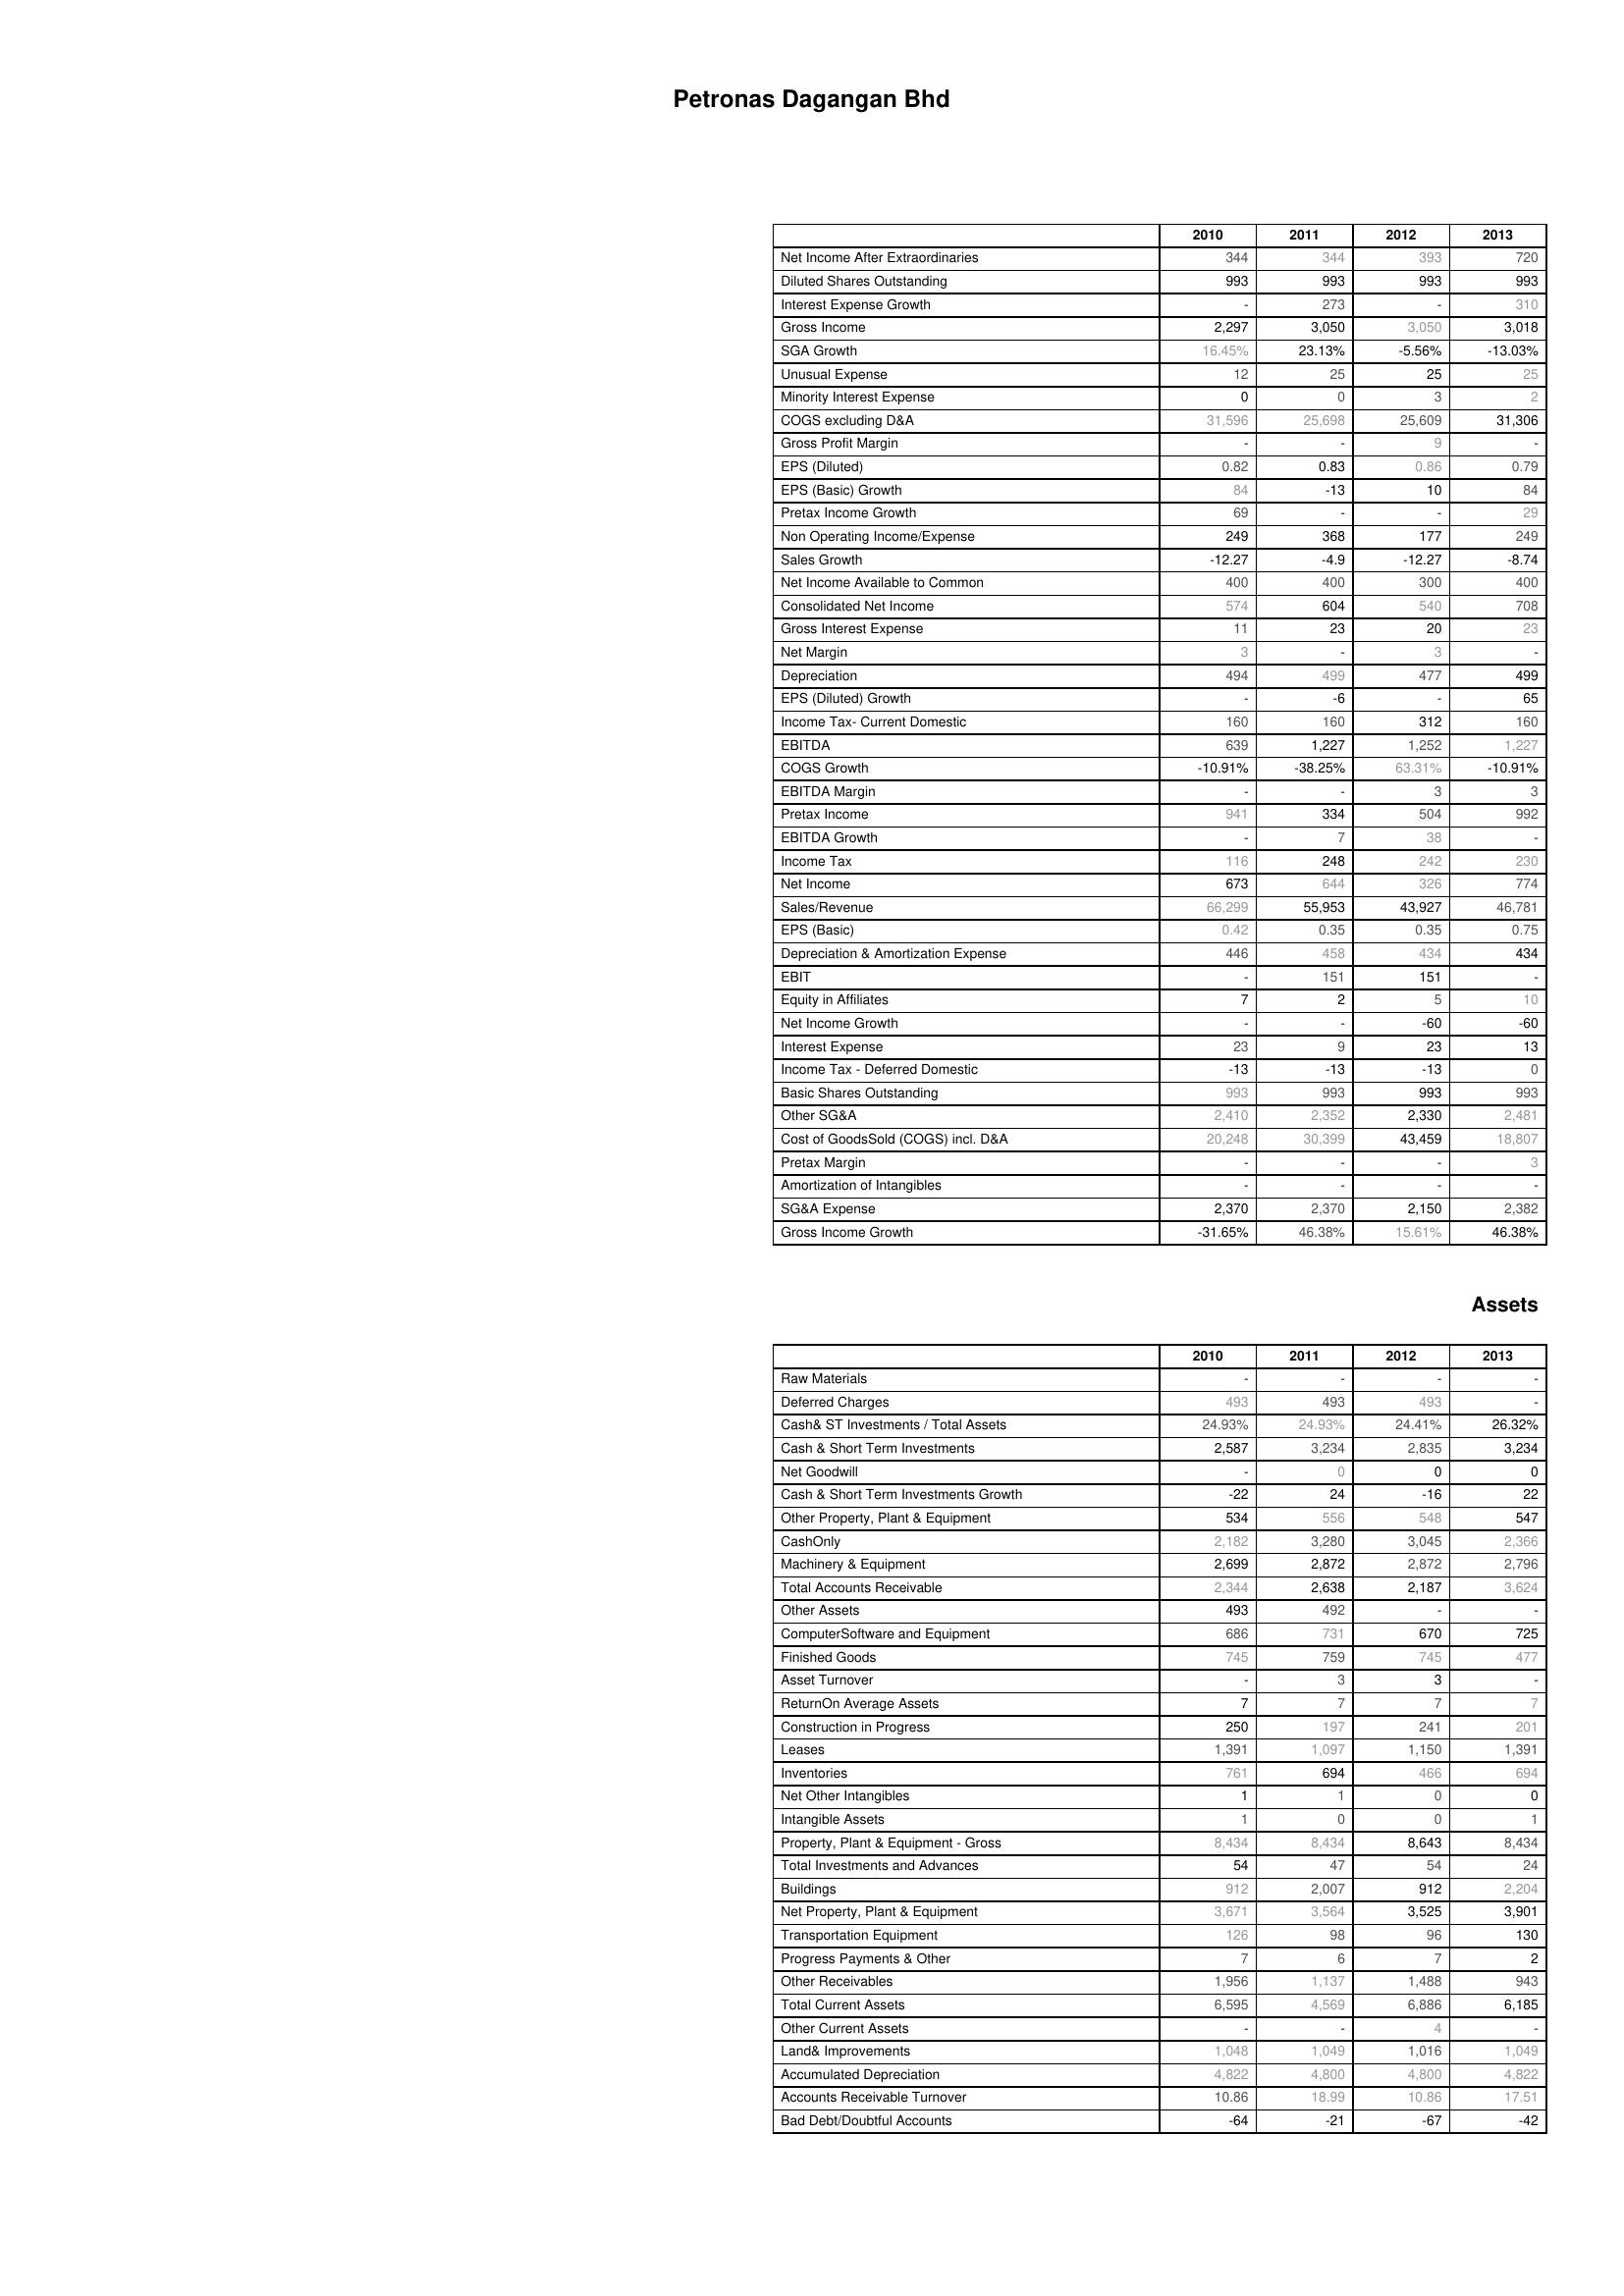
2010: : Net Income After Extraordinaries: 344
Diluted Shares Outstanding: 993
Interest Expense Growth: -
Gross Income: 2,297
SGA Growth: 16.45%
Unusual Expense: 12
Minority Interest Expense: 0
COGS excluding D&A: 31,596
Gross Profit Margin: -
EPS (Diluted): 0.82
EPS (Basic) Growth: 84
Pretax Income Growth: 69
Non Operating Income/Expense: 249
Sales Growth: -12.27
Net Income Available to Common: 400
Consolidated Net Income: 574
Gross Interest Expense: 11
Net Margin: 3
Depreciation: 494
EPS (Diluted) Growth: -
Income Tax- Current Domestic: 160
EBITDA: 639
COGS Growth: -10.91%
EBITDA Margin: -
Pretax Income: 941
EBITDA Growth: -
Income Tax: 116
Net Income: 673
Sales/Revenue: 66,299
EPS (Basic): 0.42
Depreciation & Amortization Expense: 446
EBIT: -
Equity in Affiliates: 7
Net Income Growth: -
Interest Expense: 23
Income Tax - Deferred Domestic: -13
Basic Shares Outstanding: 993
Other SG&A: 2,410
Cost of GoodsSold (COGS) incl. D&A: 20,248
Pretax Margin: -
Amortization of Intangibles: -
SG&A Expense: 2,370
Gross Income Growth: -31.65%
Assets: Raw Materials: -
Deferred Charges: 493
Cash& ST Investments / Total Assets: 24.93%
Cash & Short Term Investments: 2,587
Net Goodwill: -
Cash & Short Term Investments Growth: -22
Other Property, Plant & Equipment: 534
CashOnly: 2,182
Machinery & Equipment: 2,699
Total Accounts Receivable: 2,344
Other Assets: 493
ComputerSoftware and Equipment: 686
Finished Goods: 745
Asset Turnover: -
ReturnOn Average Assets: 7
Construction in Progress: 250
Leases: 1,391
Inventories: 761
Net Other Intangibles: 1
Intangible Assets: 1
Property, Plant & Equipment - Gross : 8,434
Total Investments and Advances: 54
Buildings: 912
Net Property, Plant & Equipment: 3,671
Transportation Equipment: 126
Progress Payments & Other: 7
Other Receivables: 1,956
Total Current Assets: 6,595
Other Current Assets: -
Land& Improvements: 1,048
Accumulated Depreciation: 4,822
Accounts Receivable Turnover: 10.86
Bad Debt/Doubtful Accounts: -64
2011: : Net Income After Extraordinaries: 344
Diluted Shares Outstanding: 993
Interest Expense Growth: 273
Gross Income: 3,050
SGA Growth: 23.13%
Unusual Expense: 25
Minority Interest Expense: 0
COGS excluding D&A: 25,698
Gross Profit Margin: -
EPS (Diluted): 0.83
EPS (Basic) Growth: -13
Pretax Income Growth: -
Non Operating Income/Expense: 368
Sales Growth: -4.9
Net Income Available to Common: 400
Consolidated Net Income: 604
Gross Interest Expense: 23
Net Margin: -
Depreciation: 499
EPS (Diluted) Growth: -6
Income Tax- Current Domestic: 160
EBITDA: 1,227
COGS Growth: -38.25%
EBITDA Margin: -
Pretax Income: 334
EBITDA Growth: 7
Income Tax: 248
Net Income: 644
Sales/Revenue: 55,953
EPS (Basic): 0.35
Depreciation & Amortization Expense: 458
EBIT: 151
Equity in Affiliates: 2
Net Income Growth: -
Interest Expense: 9
Income Tax - Deferred Domestic: -13
Basic Shares Outstanding: 993
Other SG&A: 2,352
Cost of GoodsSold (COGS) incl. D&A: 30,399
Pretax Margin: -
Amortization of Intangibles: -
SG&A Expense: 2,370
Gross Income Growth: 46.38%
Assets: Raw Materials: -
Deferred Charges: 493
Cash& ST Investments / Total Assets: 24.93%
Cash & Short Term Investments: 3,234
Net Goodwill: 0
Cash & Short Term Investments Growth: 24
Other Property, Plant & Equipment: 556
CashOnly: 3,280
Machinery & Equipment: 2,872
Total Accounts Receivable: 2,638
Other Assets: 492
ComputerSoftware and Equipment: 731
Finished Goods: 759
Asset Turnover: 3
ReturnOn Average Assets: 7
Construction in Progress: 197
Leases: 1,097
Inventories: 694
Net Other Intangibles: 1
Intangible Assets: 0
Property, Plant & Equipment - Gross : 8,434
Total Investments and Advances: 47
Buildings: 2,007
Net Property, Plant & Equipment: 3,564
Transportation Equipment: 98
Progress Payments & Other: 6
Other Receivables: 1,137
Total Current Assets: 4,569
Other Current Assets: -
Land& Improvements: 1,049
Accumulated Depreciation: 4,800
Accounts Receivable Turnover: 18.99
Bad Debt/Doubtful Accounts: -21
2012: : Net Income After Extraordinaries: 393
Diluted Shares Outstanding: 993
Interest Expense Growth: -
Gross Income: 3,050
SGA Growth: -5.56%
Unusual Expense: 25
Minority Interest Expense: 3
COGS excluding D&A: 25,609
Gross Profit Margin: 9
EPS (Diluted): 0.86
EPS (Basic) Growth: 10
Pretax Income Growth: -
Non Operating Income/Expense: 177
Sales Growth: -12.27
Net Income Available to Common: 300
Consolidated Net Income: 540
Gross Interest Expense: 20
Net Margin: 3
Depreciation: 477
EPS (Diluted) Growth: -
Income Tax- Current Domestic: 312
EBITDA: 1,252
COGS Growth: 63.31%
EBITDA Margin: 3
Pretax Income: 504
EBITDA Growth: 38
Income Tax: 242
Net Income: 326
Sales/Revenue: 43,927
EPS (Basic): 0.35
Depreciation & Amortization Expense: 434
EBIT: 151
Equity in Affiliates: 5
Net Income Growth: -60
Interest Expense: 23
Income Tax - Deferred Domestic: -13
Basic Shares Outstanding: 993
Other SG&A: 2,330
Cost of GoodsSold (COGS) incl. D&A: 43,459
Pretax Margin: -
Amortization of Intangibles: -
SG&A Expense: 2,150
Gross Income Growth: 15.61%
Assets: Raw Materials: -
Deferred Charges: 493
Cash& ST Investments / Total Assets: 24.41%
Cash & Short Term Investments: 2,835
Net Goodwill: 0
Cash & Short Term Investments Growth: -16
Other Property, Plant & Equipment: 548
CashOnly: 3,045
Machinery & Equipment: 2,872
Total Accounts Receivable: 2,187
Other Assets: -
ComputerSoftware and Equipment: 670
Finished Goods: 745
Asset Turnover: 3
ReturnOn Average Assets: 7
Construction in Progress: 241
Leases: 1,150
Inventories: 466
Net Other Intangibles: 0
Intangible Assets: 0
Property, Plant & Equipment - Gross : 8,643
Total Investments and Advances: 54
Buildings: 912
Net Property, Plant & Equipment: 3,525
Transportation Equipment: 96
Progress Payments & Other: 7
Other Receivables: 1,488
Total Current Assets: 6,886
Other Current Assets: 4
Land& Improvements: 1,016
Accumulated Depreciation: 4,800
Accounts Receivable Turnover: 10.86
Bad Debt/Doubtful Accounts: -67
2013: : Net Income After Extraordinaries: 720
Diluted Shares Outstanding: 993
Interest Expense Growth: 310
Gross Income: 3,018
SGA Growth: -13.03%
Unusual Expense: 25
Minority Interest Expense: 2
COGS excluding D&A: 31,306
Gross Profit Margin: -
EPS (Diluted): 0.79
EPS (Basic) Growth: 84
Pretax Income Growth: 29
Non Operating Income/Expense: 249
Sales Growth: -8.74
Net Income Available to Common: 400
Consolidated Net Income: 708
Gross Interest Expense: 23
Net Margin: -
Depreciation: 499
EPS (Diluted) Growth: 65
Income Tax- Current Domestic: 160
EBITDA: 1,227
COGS Growth: -10.91%
EBITDA Margin: 3
Pretax Income: 992
EBITDA Growth: -
Income Tax: 230
Net Income: 774
Sales/Revenue: 46,781
EPS (Basic): 0.75
Depreciation & Amortization Expense: 434
EBIT: -
Equity in Affiliates: 10
Net Income Growth: -60
Interest Expense: 13
Income Tax - Deferred Domestic: 0
Basic Shares Outstanding: 993
Other SG&A: 2,481
Cost of GoodsSold (COGS) incl. D&A: 18,807
Pretax Margin: 3
Amortization of Intangibles: -
SG&A Expense: 2,382
Gross Income Growth: 46.38%
Assets: Raw Materials: -
Deferred Charges: -
Cash& ST Investments / Total Assets: 26.32%
Cash & Short Term Investments: 3,234
Net Goodwill: 0
Cash & Short Term Investments Growth: 22
Other Property, Plant & Equipment: 547
CashOnly: 2,366
Machinery & Equipment: 2,796
Total Accounts Receivable: 3,624
Other Assets: -
ComputerSoftware and Equipment: 725
Finished Goods: 477
Asset Turnover: -
ReturnOn Average Assets: 7
Construction in Progress: 201
Leases: 1,391
Inventories: 694
Net Other Intangibles: 0
Intangible Assets: 1
Property, Plant & Equipment - Gross : 8,434
Total Investments and Advances: 24
Buildings: 2,204
Net Property, Plant & Equipment: 3,901
Transportation Equipment: 130
Progress Payments & Other: 2
Other Receivables: 943
Total Current Assets: 6,185
Other Current Assets: -
Land& Improvements: 1,049
Accumulated Depreciation: 4,822
Accounts Receivable Turnover: 17.51
Bad Debt/Doubtful Accounts: -42